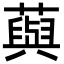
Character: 藇